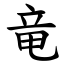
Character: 竜